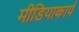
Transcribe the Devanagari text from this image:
मीडियाकार्प